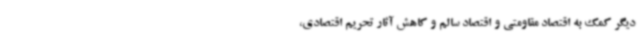
دیگر کمک به اقتصاد مقاومتی و اقتصاد سالم و کاهش آثار تحریم اقتصادی،